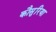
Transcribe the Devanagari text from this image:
कौसुरिया